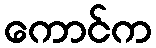
ကောင်က